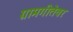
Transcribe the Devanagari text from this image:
ग्रामगीतेवर